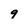
Character: 9